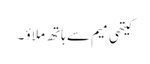
کیتھی میم سے ہاتھ ملاؤ ۔